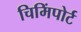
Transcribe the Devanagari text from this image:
चिमिंपोर्ट